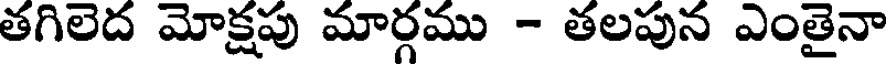
తగిలెద మోక్షపు మార్గము - తలపున ఎంతైనా